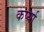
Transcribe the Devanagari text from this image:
कर्प्या